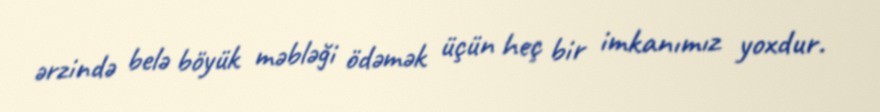
ərzində belə böyük məbləği ödəmək üçün heç bir imkanımız yoxdur.